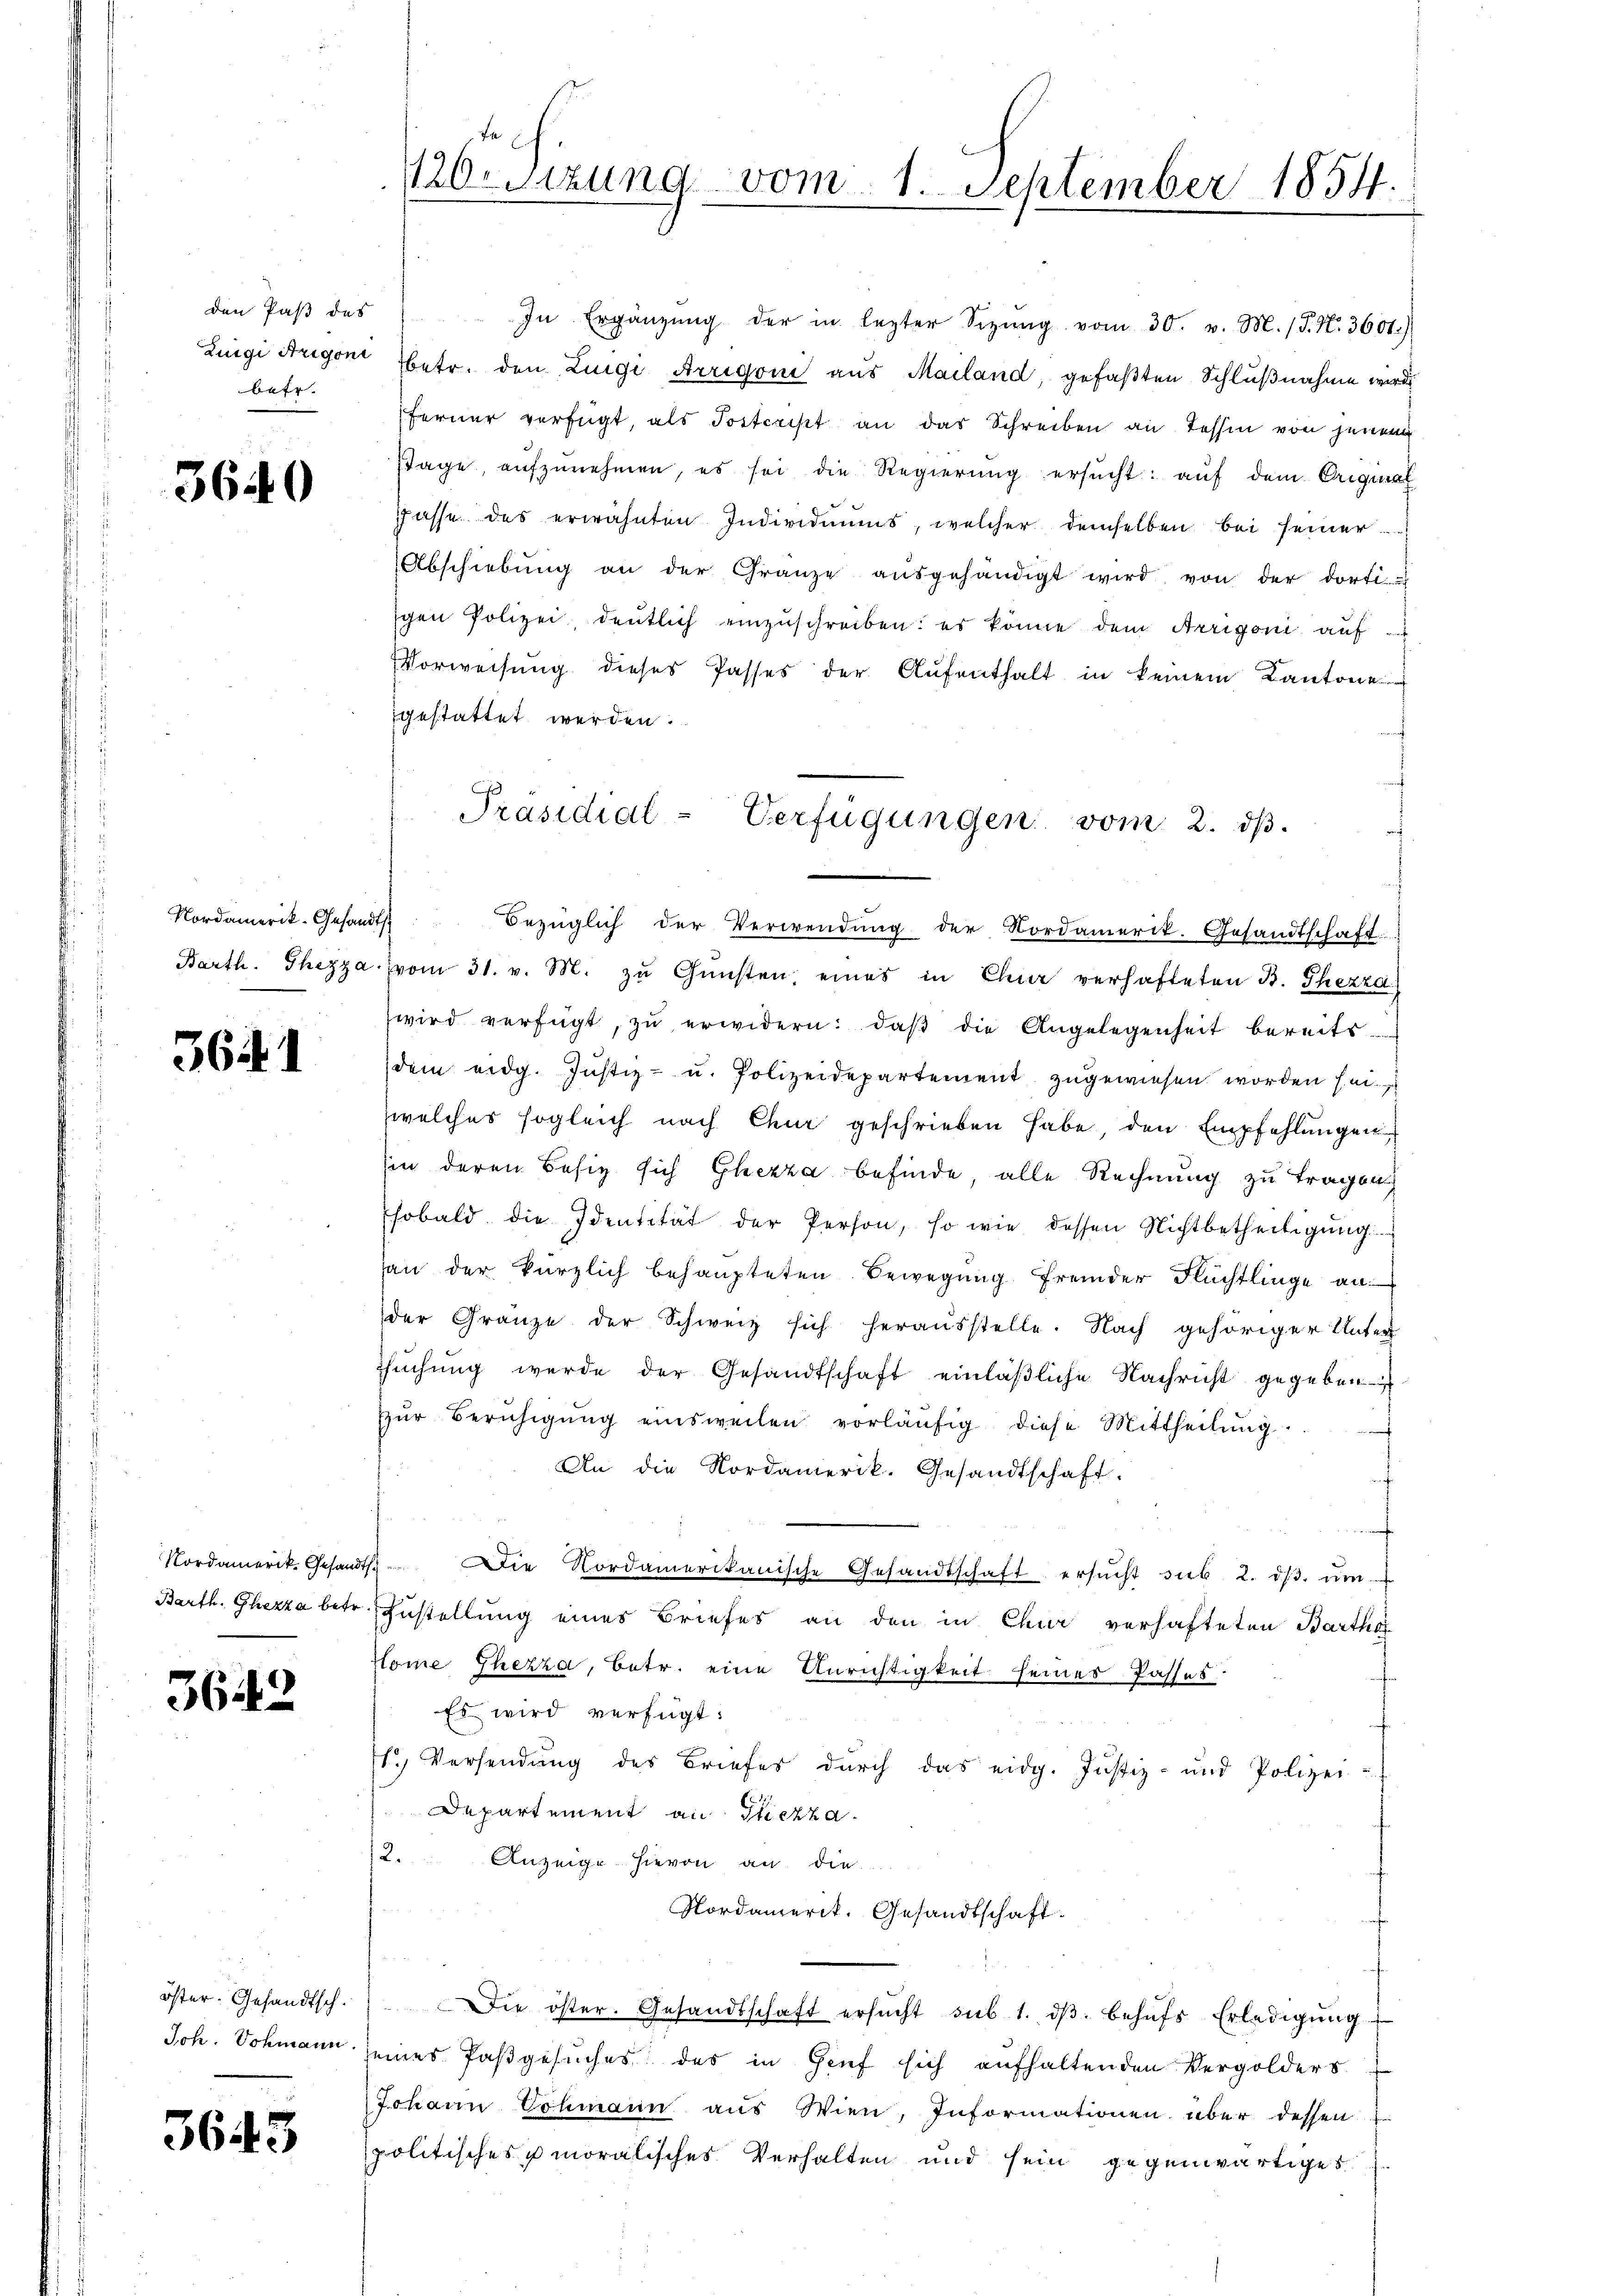
den Paß das
Zuigi Arigone
betr.

3640

Nordamerik- Gesand
Barth. Ghezza

3641

Nordamerik. Gesandt
Barth. Ghezza betr.

3642

öster. Gesandtsch.
Ich. Schmann

3643

120rsizung vom 1. September 1854.

In Ergänzŭng der in lezter Sizŭng vom 30. v. M. (T. N. 3601.)
betr. den Luigi Arrigoni aus Mailand, gefaßten Schlußnahme wird
ferner verfügt, als Postcrist an das Schreiben an Tessin von jenem
stage, aŭfzŭnehmen, es sei die Regierŭng ersŭcht: auf dem Original
passe des erwähnten Individuums, welcher demselben bei seiner
Abschiebŭng an der Gränze aŭsgehändigt wird von der dortigen Polizei, deutlich einzuschreiben: es könne dem Arrigoni auf
Vorweisung dieses Passes der Aŭfenthalt in keinem Kantone
gestattet werden.
t
i
Bezüglich der Verwendung der Nordamerit. Gesandtschaft
vom 31. v. M. zŭ Gŭnsten, eines in Chur verhafteten B. Thezza
wird verfügt, zŭ erwidern: daβ die Angelegenheit bereits
dem eidg. Justiz- u. Polizeidepartement zugewiesen worden sei.
welches sogleich nach Chur geschrieben habe den Empfehlungen
hin deren Besiz sich Glezza befinde, alle Rechnung zu tragen
hobald die Identität der Person, so wie dessen Nichtbetheiligung
an der kürzlich behaupteten Bewegung fremder Flüchtlinge an
der Gränze der Schweiz sich herausstelle. Nach gehöriger Unter
Tŭchŭng werde der Gesandtschaft einläβliche Nachricht gegeben
zŭr Beruhigung einsweilen vorläufig diese Mittheilung.
An die Nordamerik. Gesandtschaft.
 Die Nordamerikanische Gesandtschaft ersucht sub 2. dβ. ŭm
Zustellung eines Briefes an den in Chur verhafteten Barthai
Hlome Thezza, Betr. eine Anrichtigkeit seines Passes:
Es wird verfügt:
1.) Versendung des Briefes durch das eidg. Justiz- und Polizei-
Departement an Tiezza
2.
Anzeige hievon an die
Nordamerit. Gesandtschaft.
Die öster. Gesandtschaft ersŭcht sub 1. dβ behŭfs Erledigŭng
eines Pastgesuches des in Genf sich aufhaltenden Vergolders
Johann Cohmann aus Wien, Informationen über dessen
politisches moralisches Verhalten und sein gegenwärtiges

Präsidial-Verfügungen vom 2. dβ.